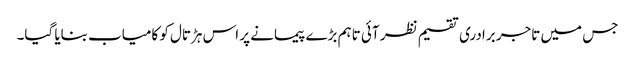
جس میں تاجر برادری تقسیم نظر آئی تاہم بڑے پیمانے پر اس ہڑتال کو کامیاب بنایا گیا۔